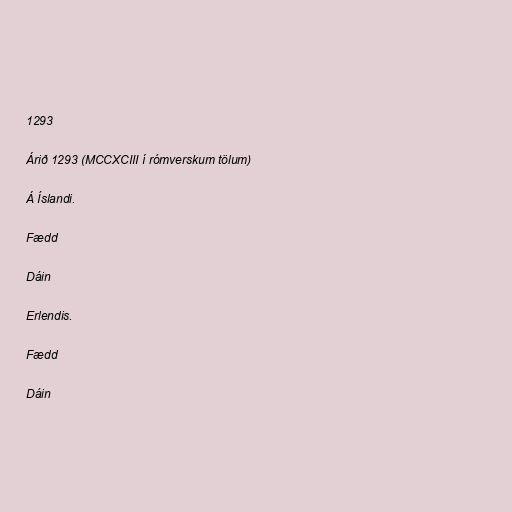
1293

Árið 1293 (MCCXCIII í rómverskum tölum)

Á Íslandi.

Fædd

Dáin

Erlendis.

Fædd

Dáin